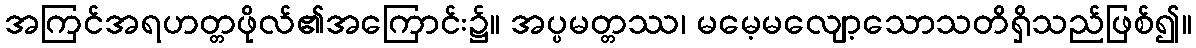
အကြင်အရဟတ္တဖိုလ်၏အကြောင်း၌။ အပ္ပမတ္တဿ၊ မမေ့မလျော့သောသတိရှိသည်ဖြစ်၍။